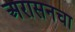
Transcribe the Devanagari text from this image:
अरासनचा